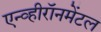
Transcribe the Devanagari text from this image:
एन्व्हीरॉनमेंटल